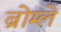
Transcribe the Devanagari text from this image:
ब्रोम्ले